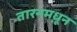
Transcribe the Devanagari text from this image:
तारनमधून